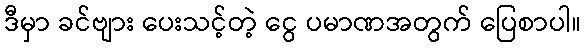
ဒီမှာ ခင်ဗျား ပေးသင့်တဲ့ ငွေ ပမာဏအတွက် ပြေစာပါ။